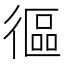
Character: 𢕓